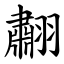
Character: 䎘